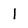
Character: 1